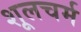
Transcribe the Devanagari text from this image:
शूलचर्म